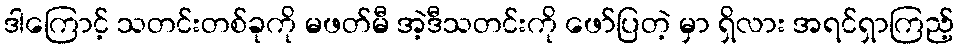
ဒါကြောင့် သတင်းတစ်ခုကို မဖတ်မီ အဲ့ဒီသတင်းကို ဖော်ပြတဲ့ မှာ ရှိလား အရင်ရှာကြည့်